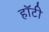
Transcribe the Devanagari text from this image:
हॉटी